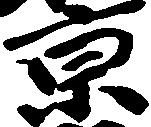
京